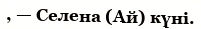
, — Селена (Ай) күні.